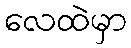
လေထဲမှာ